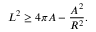
L ^ { 2 } \geq 4 \pi A - { \frac { A ^ { 2 } } { R ^ { 2 } } } .